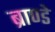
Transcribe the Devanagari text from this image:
ब्राण्डे